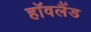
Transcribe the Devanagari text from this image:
हॉवलैंड